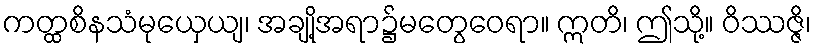
ကတ္ထစိနသံမုယှေယျ၊ အချို့အရာ၌မတွေဝေရာ။ ဣတိ၊ ဤသို့။ ဝိဿဇ္ဇိ၊